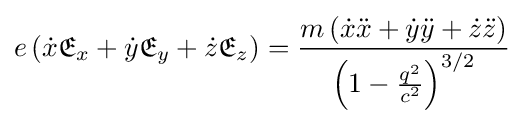
e\left({\dot {x}}{\mathfrak {E}}_{x}+{\dot {y}}{\mathfrak {E}}_{y}+{\dot {z}}{\mathfrak {E}}_{z}\right)={\frac {m\left({\dot {x}}{\ddot {x}}+{\dot {y}}{\ddot {y}}+{\dot {z}}{\ddot {z}}\right)}{\left(1-{\frac {q^{2}}{c^{2}}}\right)^{3/2}}}